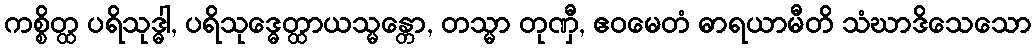
ကစ္စိတ္ထ ပရိသုဒ္ဓါ, ပရိသုဒ္ဓေတ္ထာယသ္မန္တော, တသ္မာ တုဏှီ, ဧဝမေတံ ဓာရယာမီတိ သံဃာဒိသေသော